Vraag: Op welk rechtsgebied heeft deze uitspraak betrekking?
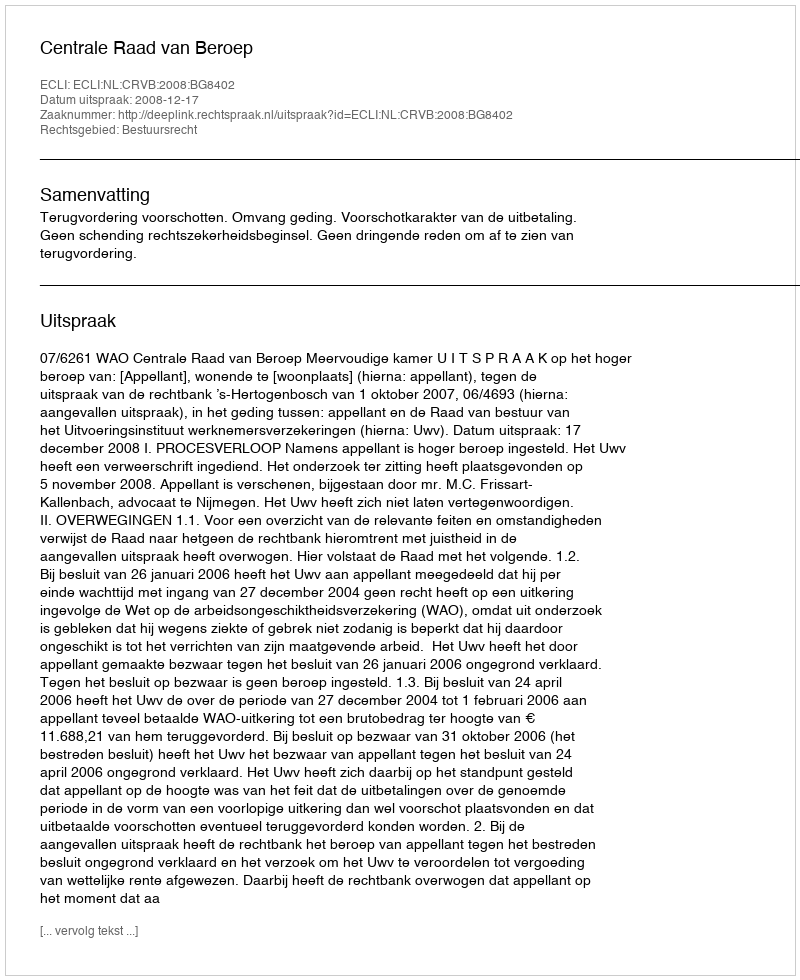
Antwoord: Bestuursrecht